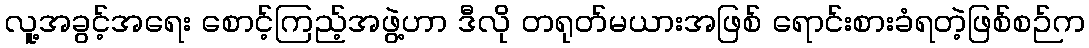
လူ့အခွင့်အရေး စောင့်ကြည့်အဖွဲ့ဟာ ဒီလို တရုတ်မယားအဖြစ် ရောင်းစားခံရတဲ့ဖြစ်စဉ်က